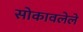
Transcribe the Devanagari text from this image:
सोकावलेले